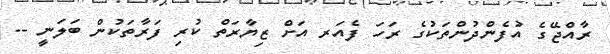
ރާއްޖޭގެ އުފެންދުންތަކުގެ ރަހަ ފެއަރ އަށް ޒިޔާރަތް ކުރި ފަރާތަކުން ބަލަނީ --